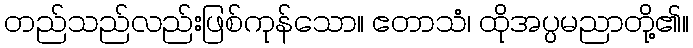
တည်သည်လည်းဖြစ်ကုန်သော။ ဧတာသံ၊ ထိုအပ္ပမညာတို့၏။